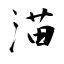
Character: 渵